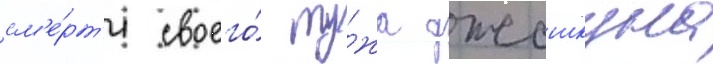
см'е́рт'и своего́ му́жа джошкуна